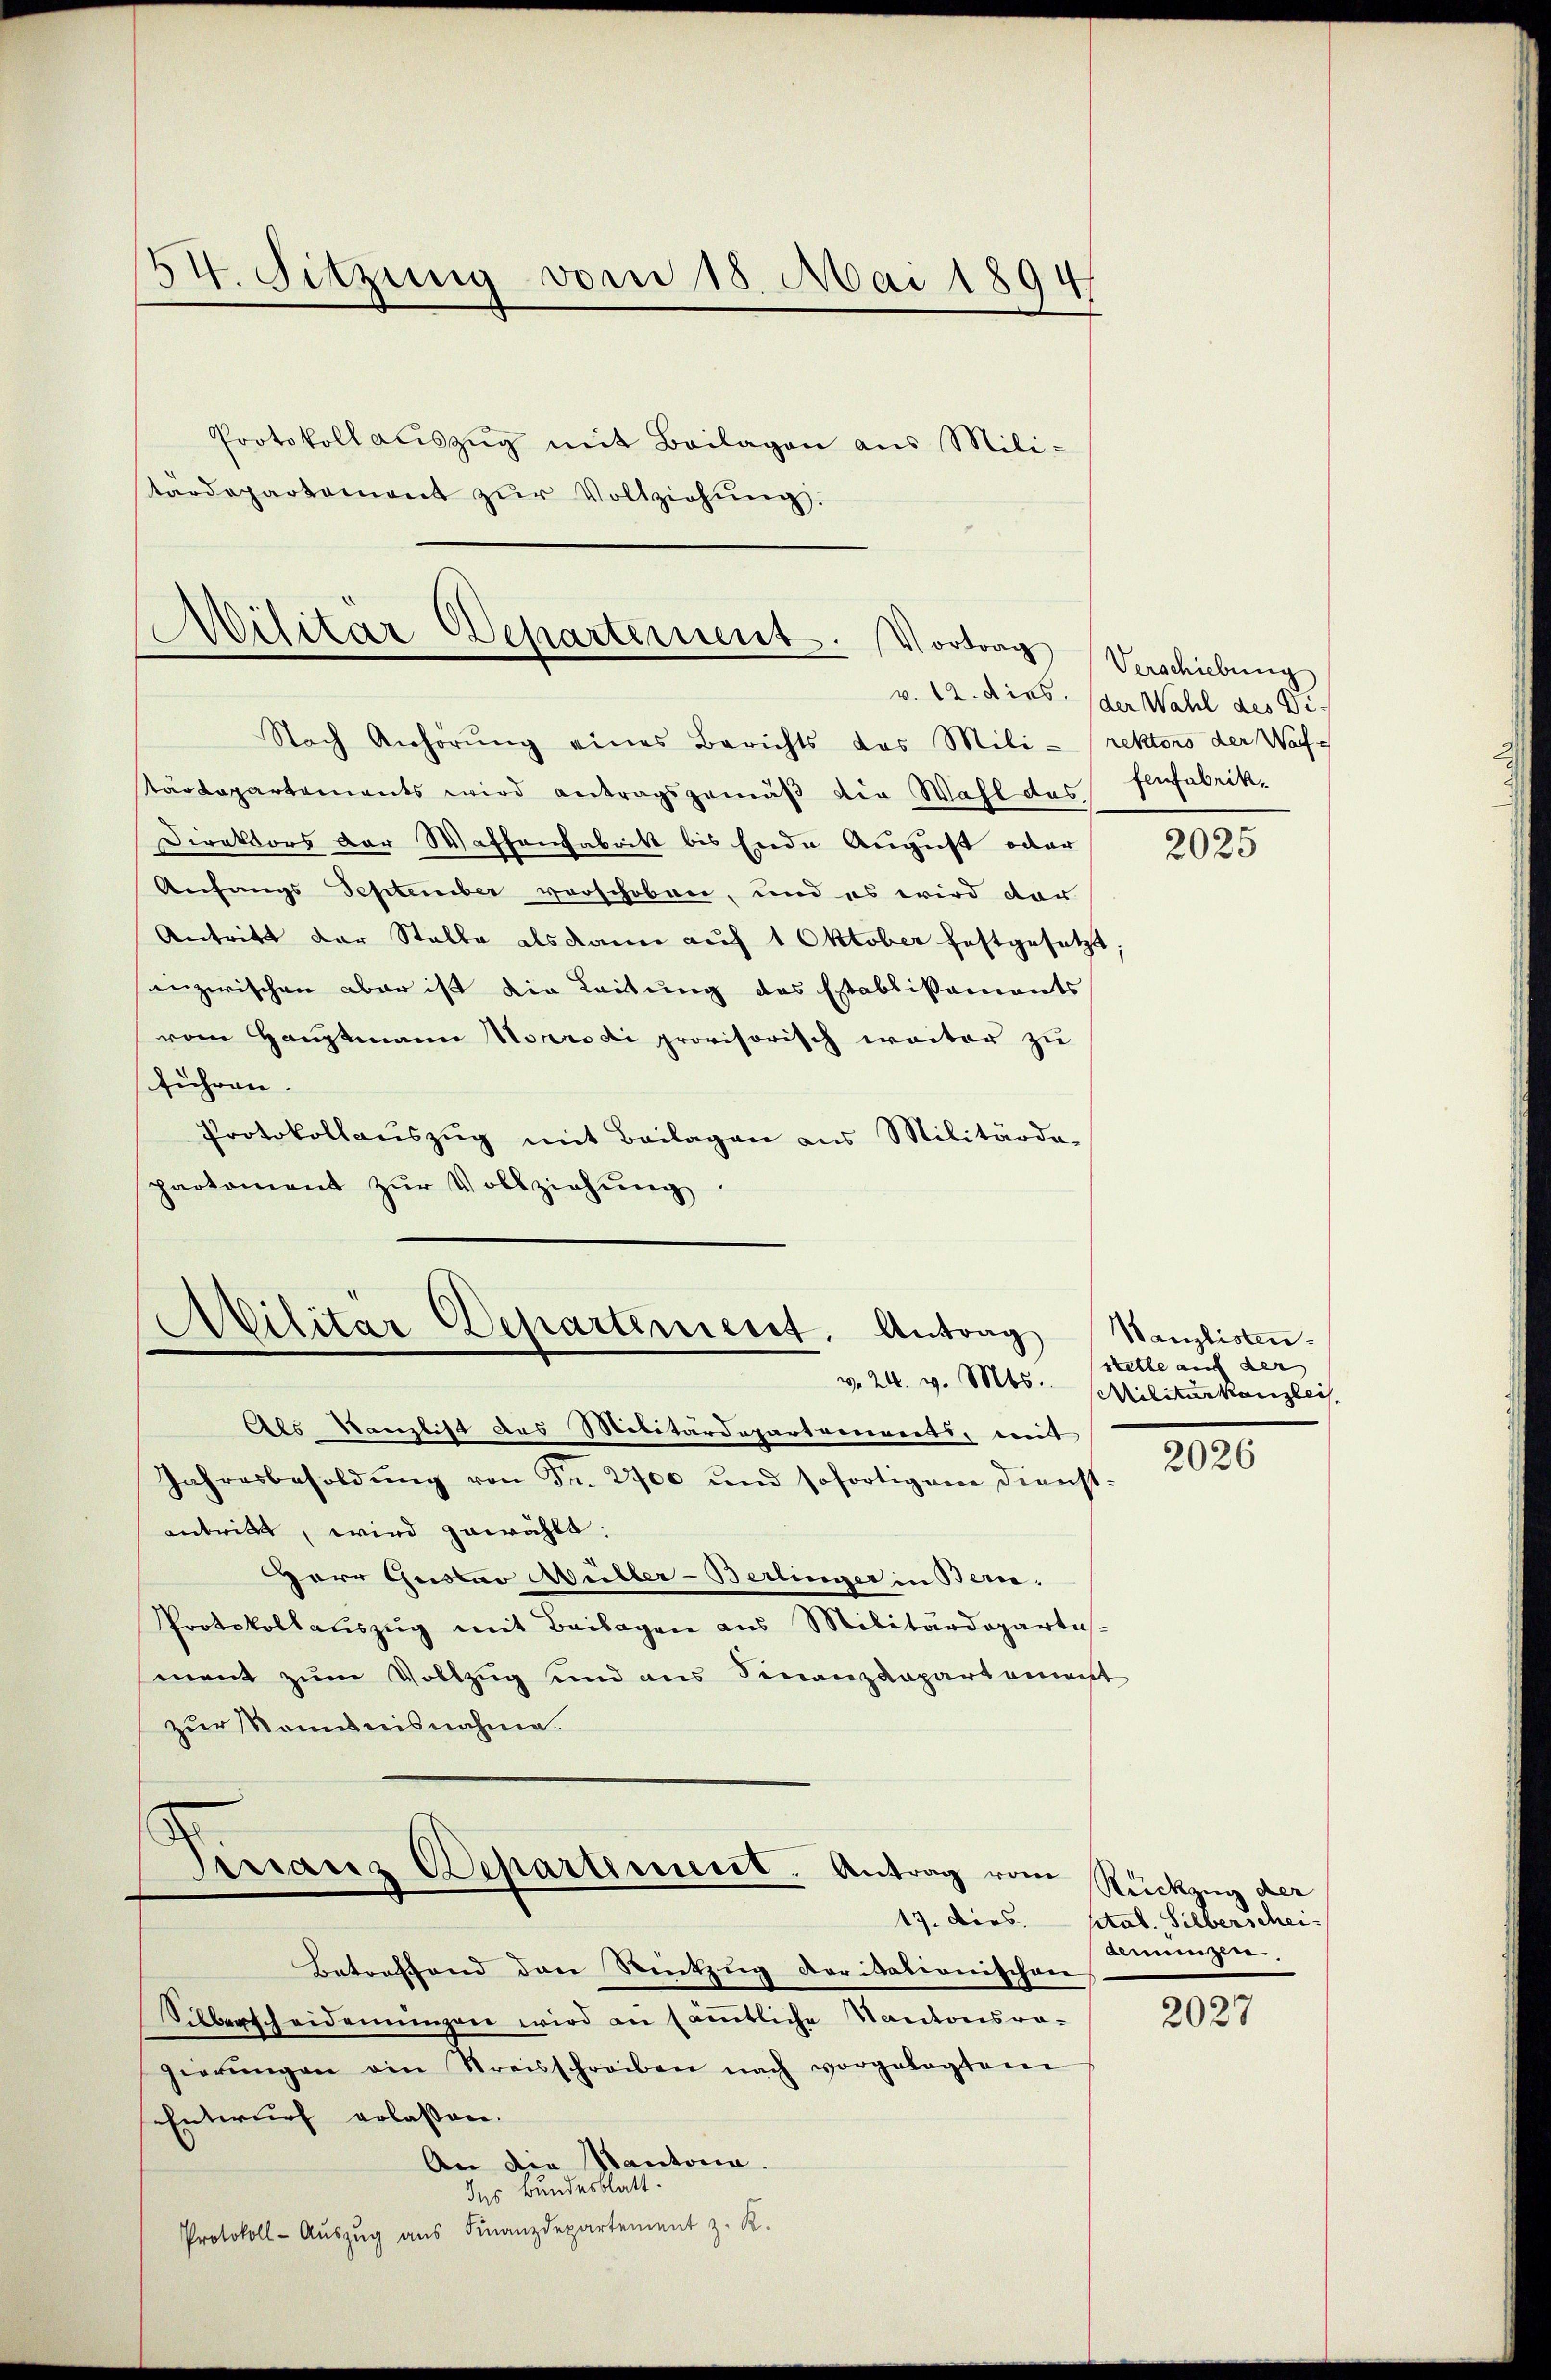
II. Sitzung vom 18. Mai 1894.

Protokoll aŭszŭg mit Beilagen aus Mili-
tardepartement zŭr Vollziehŭng.

Militär Departement. Vortrag

Militär-Departement. Antrag

Nach Anhörŭng eines Berichts das Mili-rektors der Wartärdepartements wird antragsgemäß die Wahl des fenfabrik¬
Direktors der Waffenfabritt bis Ende August oder
Anfangs September verschoben, und es wird dar
Antritt der Stalle alsdann auf 1 Oktober festgesetzt
anzwischen aber ist die Leitung das Establissaments
vom Hauptmann Norrodi provisorisch weiter zu
führen. |
Protokollaŭszŭg mit Beilagen aus Militärda-
partament zŭr Vollziehŭng.

Finanz Departement. Antrag vom Rückzug der

Als Kanzlist das Militärdepartements, mit
Jahresbesoldŭng von Fr. 200 und sofortigem Dienst-
antritt, wird zuwählt.
Herr Gustav Müller-Berlinger in Bern.
Protokollaŭszŭg mit Beilagen aus Militärdepartis-
ment zum Vollzug und aus Finanzdepartement
zur Nominisnahme.

Betreffend den Rentzug daritationischen
Silberscheidemungen wird an sämmtliche Kantonsra-
gierŭngen ain Streisschreiben nach vorgelegtem
Entwurf erlassen.
An die Kantona
des Bundesblatt.
Protokoll- Aŭszŭg aŭs Finanzdepartement z. R.

Verschiebung
v. 12. dies. (der Wahl des Di¬

2025

Wanzlisten.
stelle auf der
v. 24. v. Mts. Militärkanzlei,
2026

17. Dies. ptal. Silberschei-
bmengese

2027